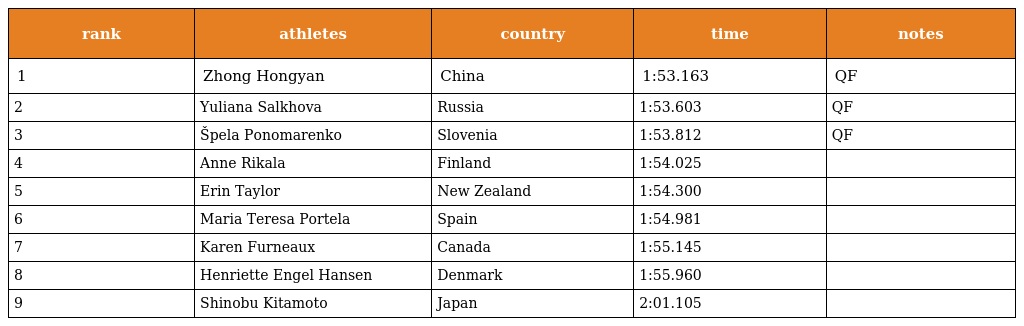
| rank | athletes | country | time | notes |
 | --- | --- | --- | --- | --- |
 | 1 | Zhong Hongyan | China | 1:53.163 | QF |
 | 2 | Yuliana Salkhova | Russia | 1:53.603 | QF |
 | 3 | Špela Ponomarenko | Slovenia | 1:53.812 | QF |
 | 4 | Anne Rikala | Finland | 1:54.025 |  |
 | 5 | Erin Taylor | New Zealand | 1:54.300 |  |
 | 6 | Maria Teresa Portela | Spain | 1:54.981 |  |
 | 7 | Karen Furneaux | Canada | 1:55.145 |  |
 | 8 | Henriette Engel Hansen | Denmark | 1:55.960 |  |
 | 9 | Shinobu Kitamoto | Japan | 2:01.105 |  |